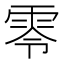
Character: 零